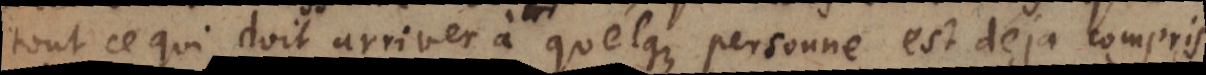
tout ce qui doit arriver à quelque personne est deja compris